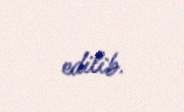
edilib.